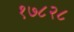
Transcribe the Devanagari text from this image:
१७८२८